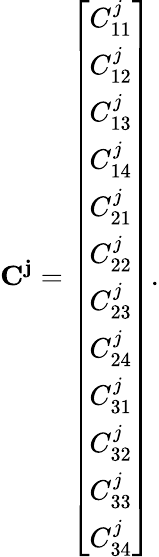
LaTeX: \mathbf{C^{j}}={\left[\begin{array}{l}{C_{11}^{j}}\\ {C_{12}^{j}}\\ {C_{13}^{j}}\\ {C_{14}^{j}}\\ {C_{21}^{j}}\\ {C_{22}^{j}}\\ {C_{23}^{j}}\\ {C_{24}^{j}}\\ {C_{31}^{j}}\\ {C_{32}^{j}}\\ {C_{33}^{j}}\\ {C_{34}^{j}}\end{array}\right]}.